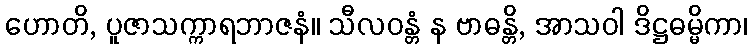
ဟောတိ, ပူဇာသက္ကာရဘာဇနံ။ သီလဝန္တံ န ဗာဓန္တိ, အာသဝါ ဒိဋ္ဌဓမ္မိကာ၊